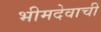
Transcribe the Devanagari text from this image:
भीमदेवाची